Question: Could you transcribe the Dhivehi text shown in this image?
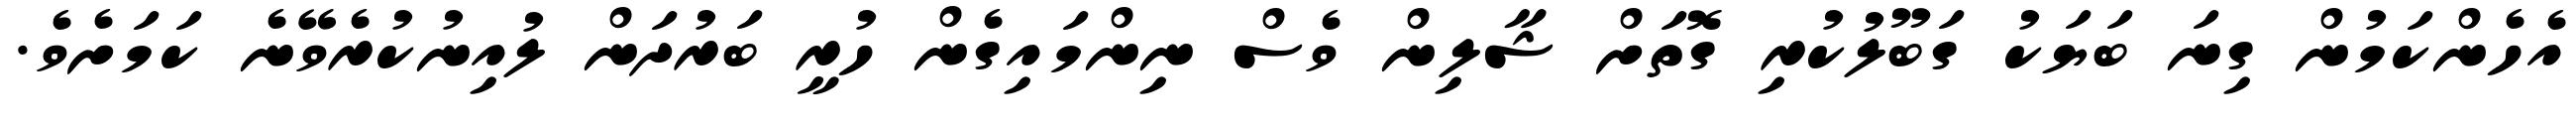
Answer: އެހެންކަމުން ގިނަ ބަޔަކު ގަބޫލުކުރި ގޮތަށް ޝާލިން ވެސް ނިންމައިގެން ހުރީ ބަރުދަން ލުއިނުކުރެވޭނެ ކަމަށެވެ.